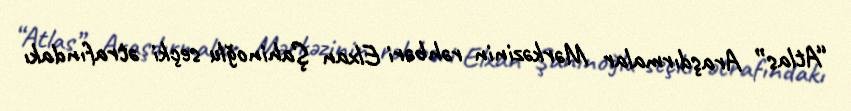
“Atlas” Araşdırmalar Mərkəzinin rəhbəri Elxan Şahinoğlu seçki ətrafındakı